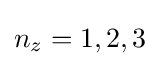
n_{z}=1,2,3